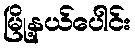
မြို့နယ်ပေါင်း